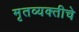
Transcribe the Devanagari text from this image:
मृतव्यक्तीचे